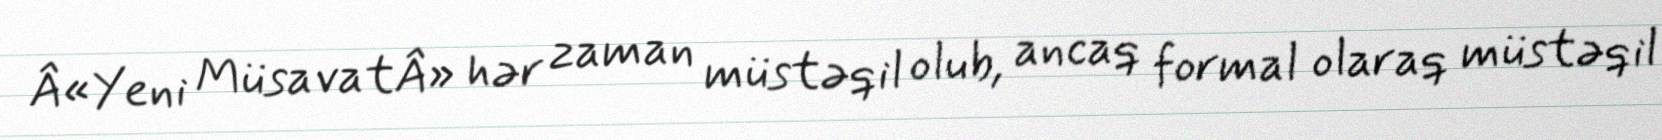
Â«Yeni MüsavatÂ» hər zaman müstəqil olub, ancaq formal olaraq müstəqil